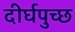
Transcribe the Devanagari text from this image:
दीर्घपुच्छ